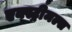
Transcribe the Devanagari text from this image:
एक्स्ट्रीमल्स